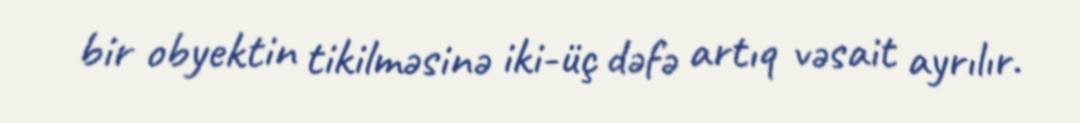
bir obyektin tikilməsinə iki-üç dəfə artıq vəsait ayrılır.